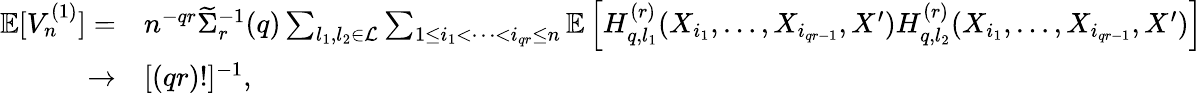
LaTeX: \begin{array}{rl}{\mathbb{E}[V_{n}^{(1)}]=}&{n^{-qr}\widetilde\Sigma_{r}^{-1}(q)\sum_{l_{1},l_{2}\in\mathcal{L}}\sum_{1\le i_{1}<\cdots<i_{qr}\le n}\mathbb{E}\left[H_{q,l_{1}}^{(r)}(X_{i_{1}},\ldots,X_{i_{qr-1}},X^{\prime})H_{q,l_{2}}^{(r)}(X_{i_{1}},\ldots,X_{i_{qr-1}},X^{\prime})\right]}\\ {\rightarrow}&{[(qr)!]^{-1},}\end{array}